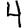
Digit: 4